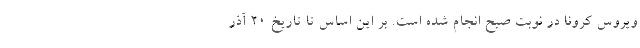
ویروس کرونا در نوبت صبح انجام شده است. بر این اساس تا تاریخ 20 آذر